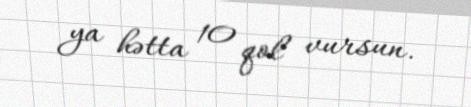
ya hətta 10 qol vursun.